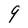
Character: 9